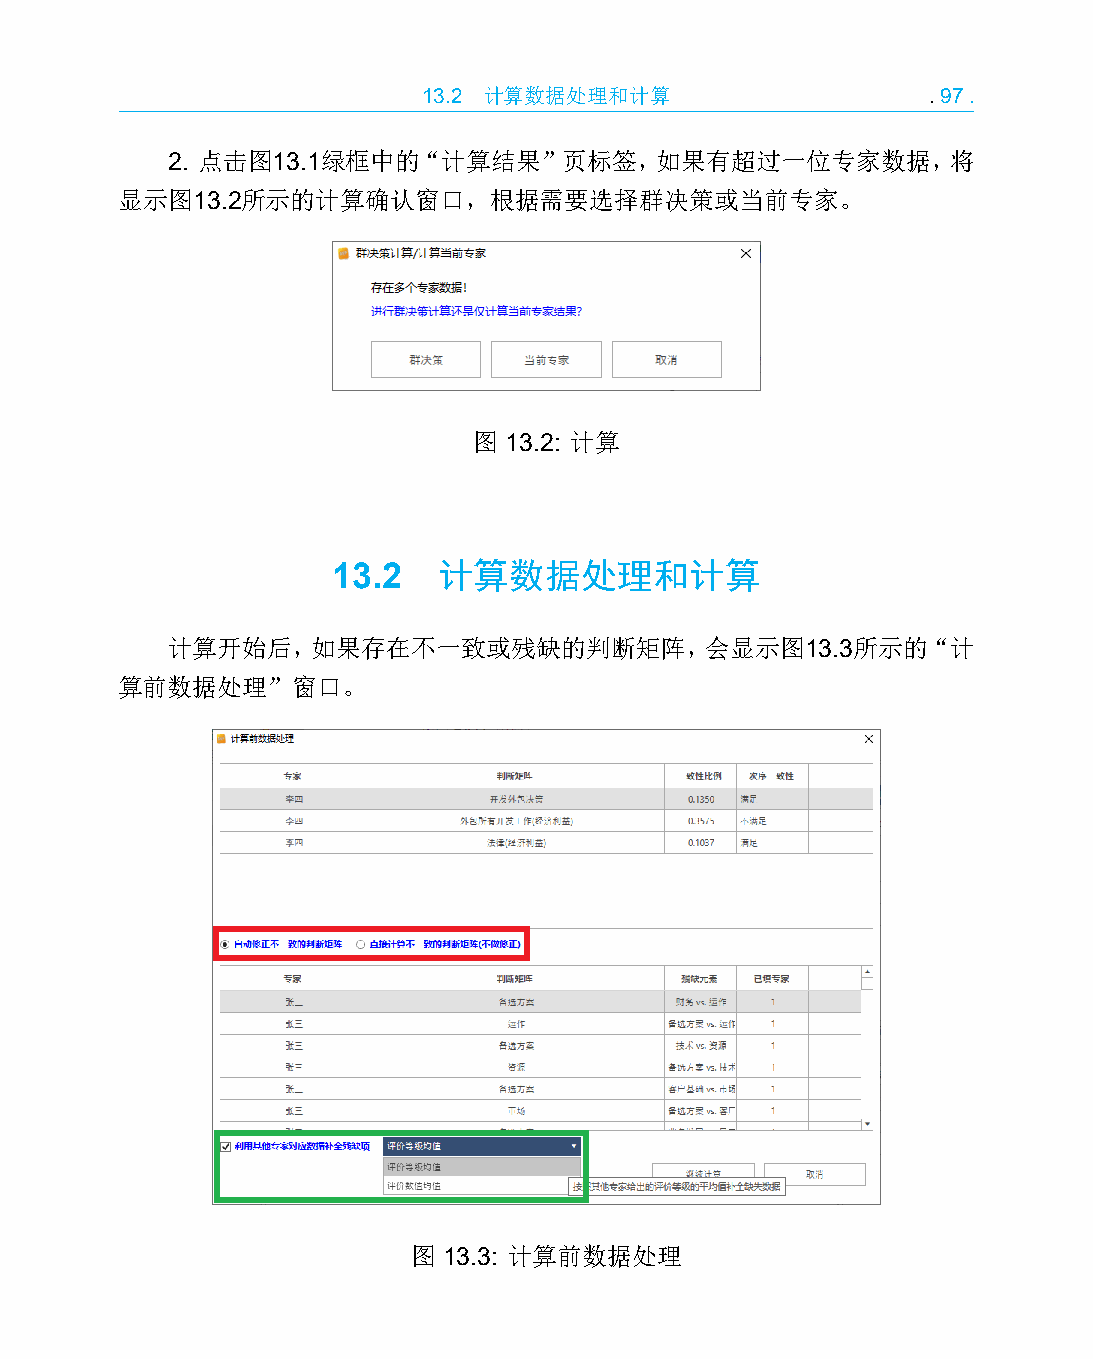
13.2 计算数据处理和计算                   .97.
 2. 点击图13.1绿框中的“计算结果”页标签，如果有超过一位专家数据，将
 显示图13.2所示的计算确认窗口，根据需要选择群决策或当前专家。
 图 13.2: 计算
 13.2   计算数据处理和计算
 计算开始后，如果存在不一致或残缺的判断矩阵，会显示图13.3所示的“计
 算前数据处理”窗口。
 图 13.3: 计算前数据处理